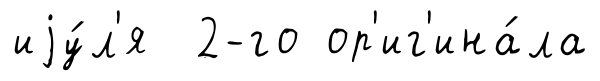
иjу́л'я 2-го ор'иг'ина́ла